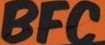
BFC